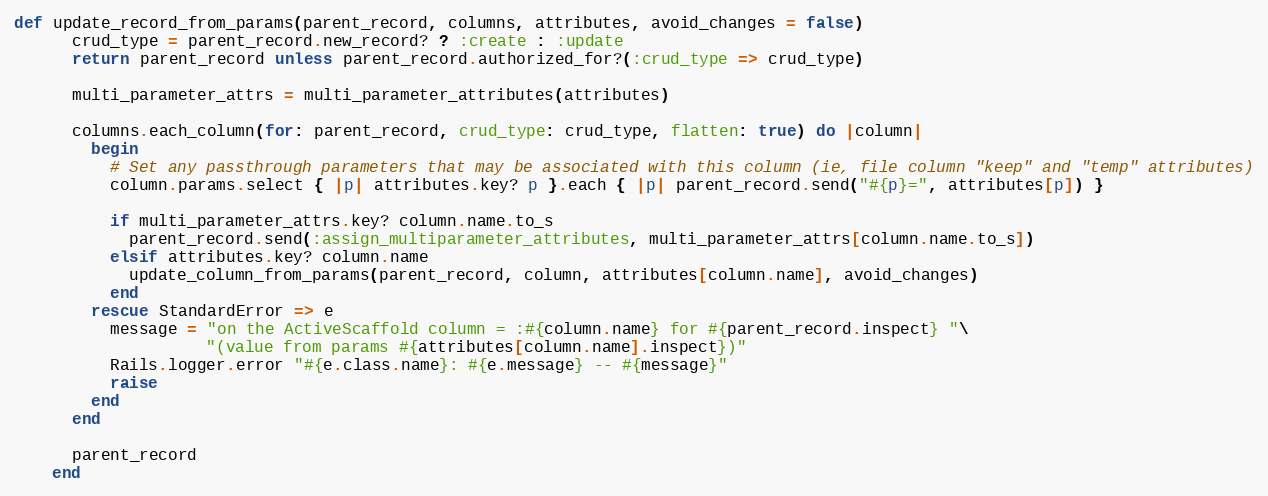
Language: Ruby
def update_record_from_params(parent_record, columns, attributes, avoid_changes = false)
      crud_type = parent_record.new_record? ? :create : :update
      return parent_record unless parent_record.authorized_for?(:crud_type => crud_type)

      multi_parameter_attrs = multi_parameter_attributes(attributes)

      columns.each_column(for: parent_record, crud_type: crud_type, flatten: true) do |column|
        begin
          # Set any passthrough parameters that may be associated with this column (ie, file column "keep" and "temp" attributes)
          column.params.select { |p| attributes.key? p }.each { |p| parent_record.send("#{p}=", attributes[p]) }

          if multi_parameter_attrs.key? column.name.to_s
            parent_record.send(:assign_multiparameter_attributes, multi_parameter_attrs[column.name.to_s])
          elsif attributes.key? column.name
            update_column_from_params(parent_record, column, attributes[column.name], avoid_changes)
          end
        rescue StandardError => e
          message = "on the ActiveScaffold column = :#{column.name} for #{parent_record.inspect} "\
                    "(value from params #{attributes[column.name].inspect})"
          Rails.logger.error "#{e.class.name}: #{e.message} -- #{message}"
          raise
        end
      end

      parent_record
    end